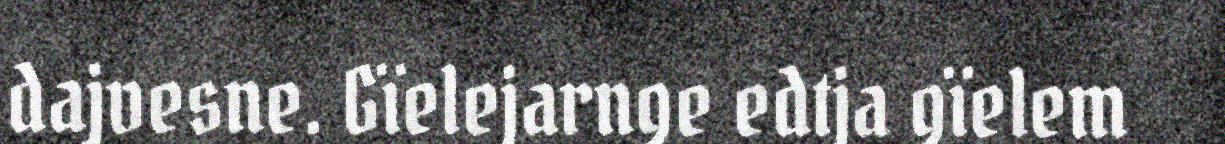
dajvesne. Gïelejarnge edtja gïelem